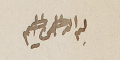
بسم الله الرحمن الرحيم